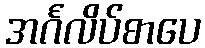
အင်္ဂလိပ်စာပေ